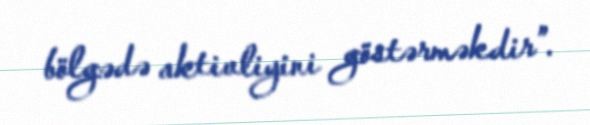
bölgədə aktivliyini göstərməkdir”.